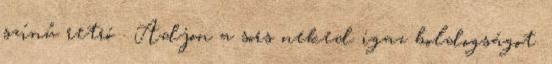
színű retró . Adjon a sors neked igaz boldogságot.